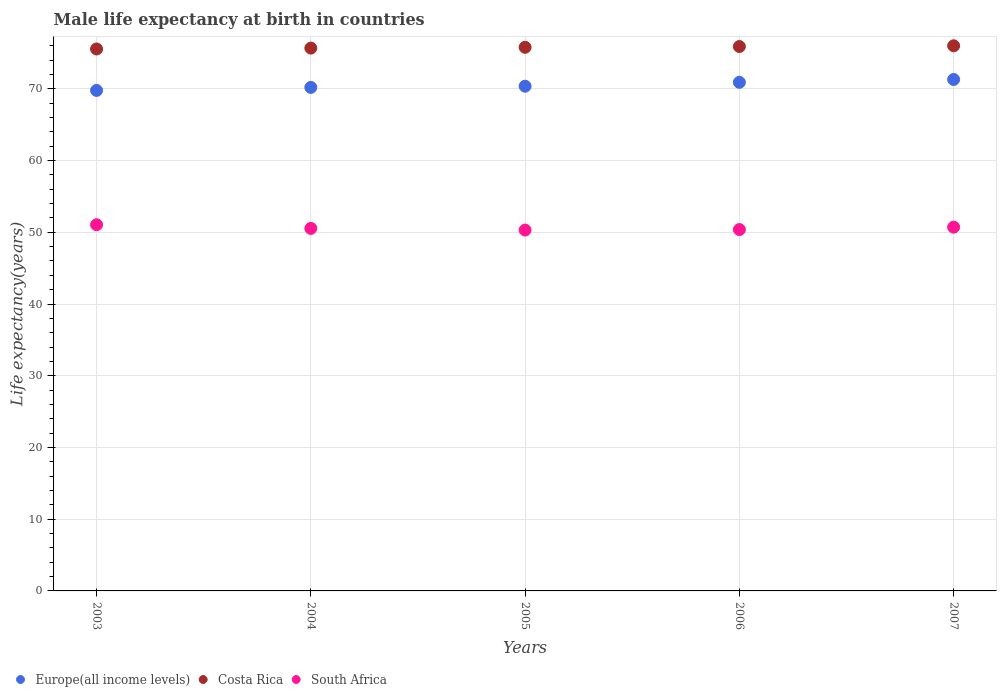
| Years | Europe(all income levels) | Costa Rica | South Africa |
 | --- | --- | --- | --- |
 | 2003 | 69.8 | 75.6 | 51.1 |
 | 2004 | 70.2 | 75.7 | 50.5 |
 | 2005 | 70.4 | 75.8 | 50.3 |
 | 2006 | 70.9 | 75.9 | 50.4 |
 | 2007 | 71.3 | 76 | 50.7 |